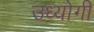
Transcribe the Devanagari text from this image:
उध्योगी